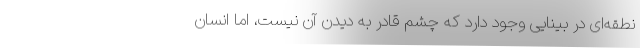
نطقه‌ای در بینایی وجود دارد که چشم قادر به دیدن آن نیست، اما انسان